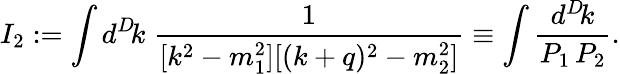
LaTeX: I_{2}:=\int d^{D}\! k\; \frac{1}{[k^{2}-m_{1}^{2}][(k+q)^{2}-m_{2}^{2}]}\equiv\int\frac{d^{D}\! k}{P_{1}\, P_{2}}.